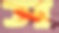
স